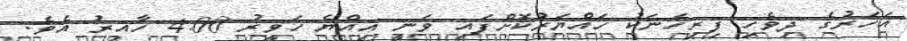
އަހަރުގެ ދިވެހި ފިރިހެނަކު ހައްޔަރުކޮށްފައި ވަނީ އިއްޔެ ހަވީރު 4:00 ހާއިރު އެވެ.